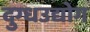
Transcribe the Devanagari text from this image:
दुग्धउद्योग